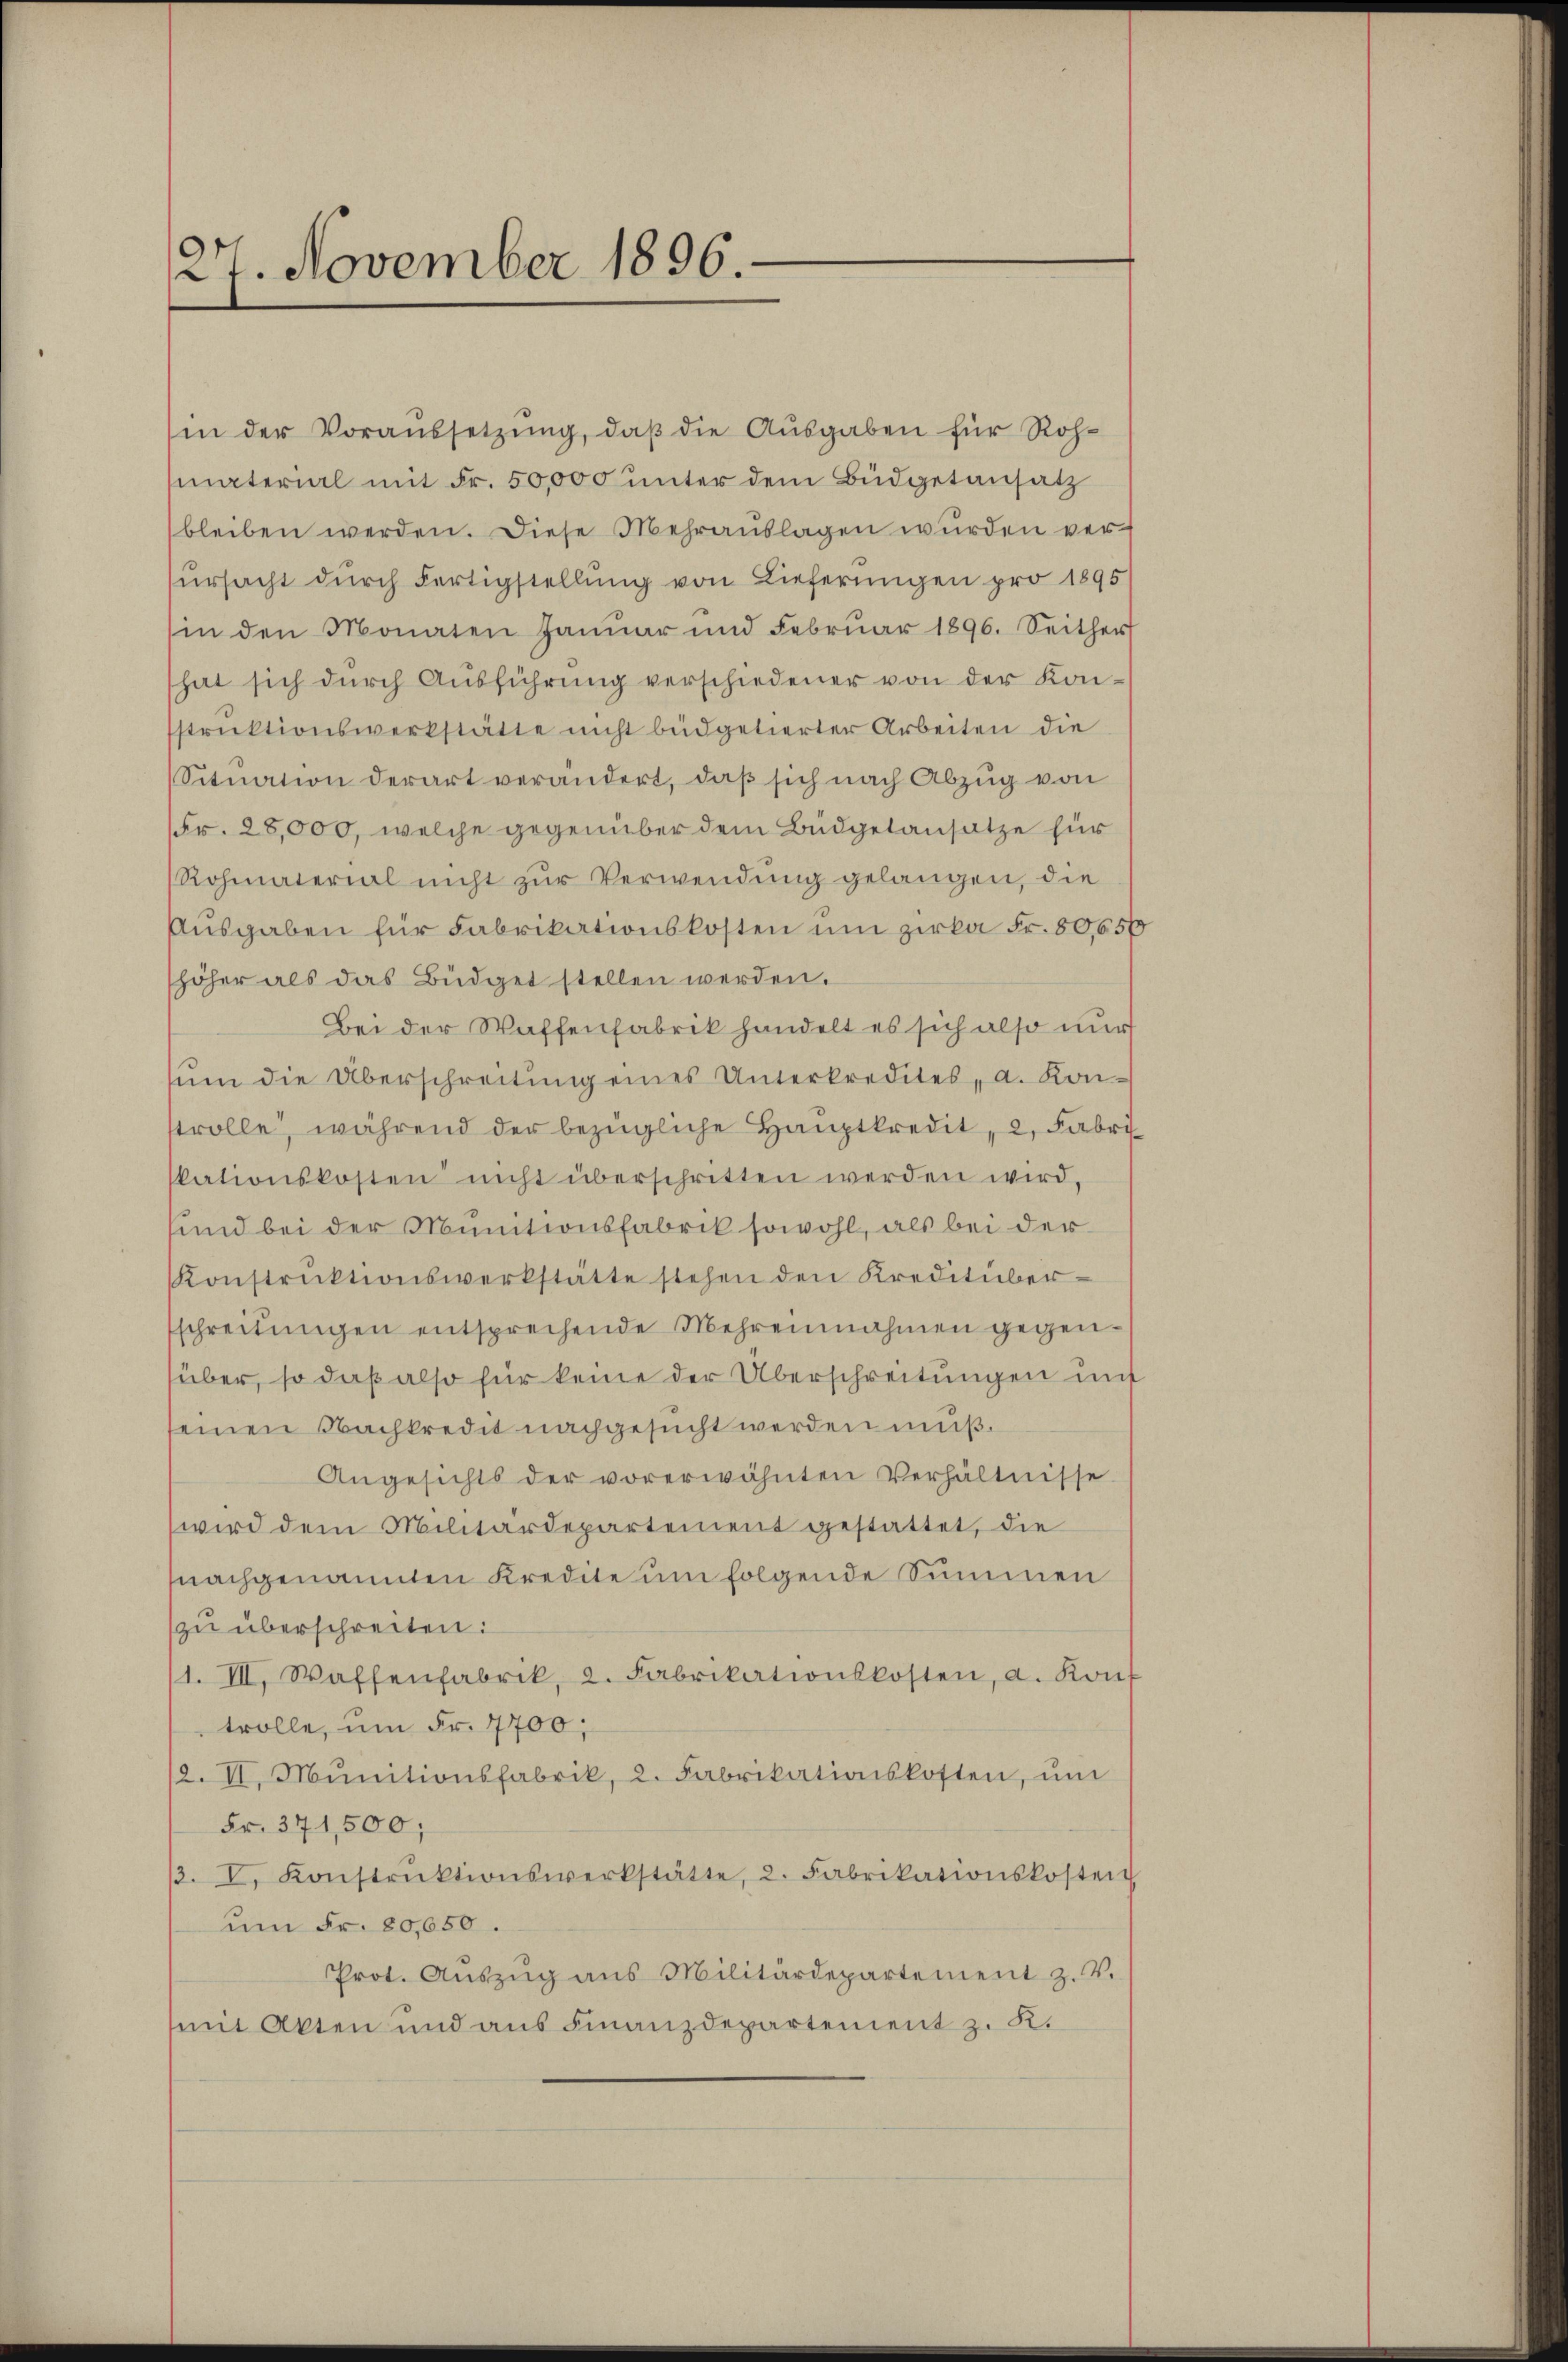
27. November 1896.

in der Voraussetzung, daß die Ausgaben für Rohmaterial mit Fr. 50,000 unter dem Büdgetansatz
bleiben werden. Diese Mehrauslagen wurden verŭrsacht dŭrch Fertigstellung von Lieferungen pro 1895
(in den Monaten Januar und Febrŭar 1896. Seither
hat sich dŭrch Aŭsführŭng verschiedener von der Konstrŭktionswerkstätte nicht büdgetierter Arbeiten die
Situation derart verändert, daß sich nach Abzug von
(Fr. 28,000, welche gegenüber dem Büdgetansatze für
Rohmaterial nicht zur Verwendung gelangen, die
Aŭsgaben für Fabrikationskosten um zirka Fr. 80,650
höher als das Büdget stellen werden.
Bei der Waffenfabrik handelt es sich also nur
ŭm die Überschreitŭng eines Unterkredites, a. Kon-
strolle, während der bezügliche Hauptkredit, 2, Fabrikationskosten nicht überschritten werden wird,
sind bei der Munitionsfabrik sowohl, als bei der
Konstruktionswerkstätte stehen den Kreditüber-
sschreitŭngen entsprechende Mehrensnahmen gegenüber, so daß also für keine der Überschreitungen unt
seinen Nachkredit nachgesucht werden muß.
Angesichts der vorerwähnten Verhältnisse
wird dem Militärdepartement gestattet, die
nachgenannten Kredite um folgende Summen
zu überschreiten:
1. III. Waffenfabrik, 2. Fabrikationskosten, a. Konf
trolle, um Fr. 7700;
2. II. Munitionsfabrik, 2. Fabrikationskosten, ŭm
Fr. 371,500;
β. V. Konstruktionswerkstätte, 2. Fabrikationskosten
um Fr. 80,050.
Prot. Aŭszŭg ans Militärdepartement z. v.
mit Akten und aus Finanzdepartement z. K.